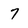
Character: 7